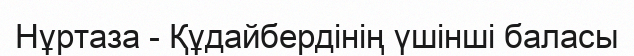
Нұртаза - Құдайбердінің үшінші баласы